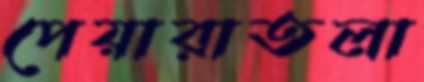
পেয়ারাতলা